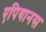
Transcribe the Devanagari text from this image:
एपियानस